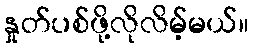
နှုတ်ပစ်ဖို့လိုလိမ့်မယ်။